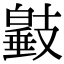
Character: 𢻩